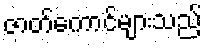
ဇာတ်ကောင်များသည်